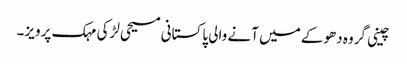
چینی گروہ دھوکے میں آنے والی پاکستانی مسیحی لڑکی مہک پرویز۔